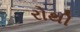
રોથી